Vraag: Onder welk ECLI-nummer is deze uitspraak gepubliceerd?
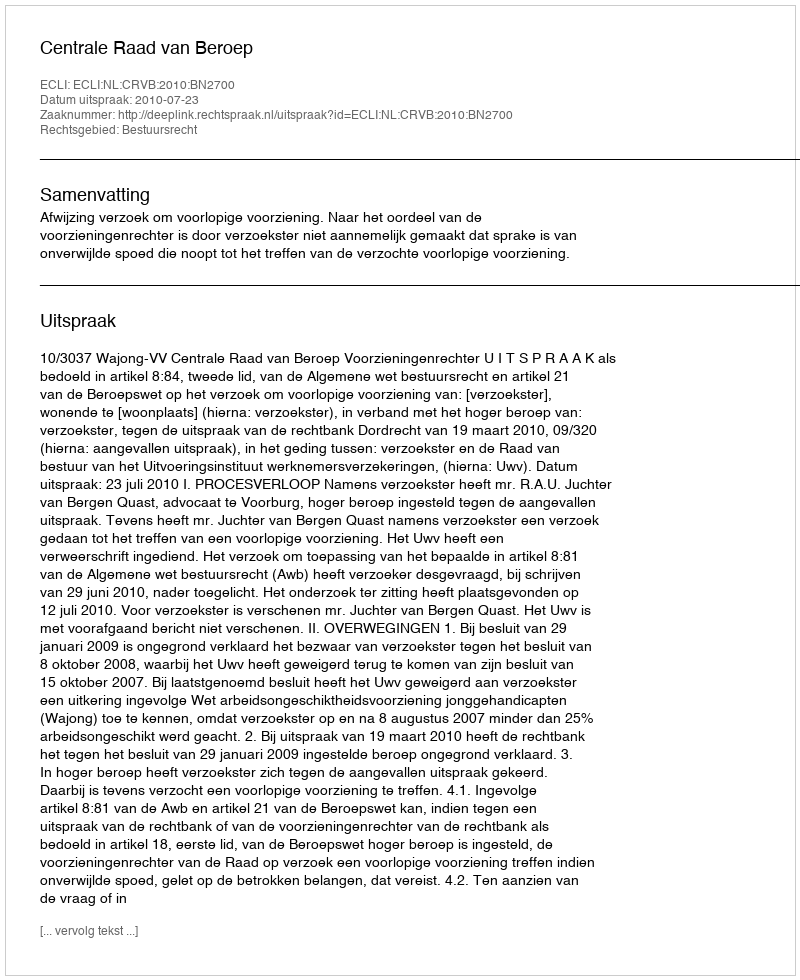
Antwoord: ECLI:NL:CRVB:2010:BN2700